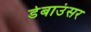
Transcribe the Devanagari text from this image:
डेबाउंसर